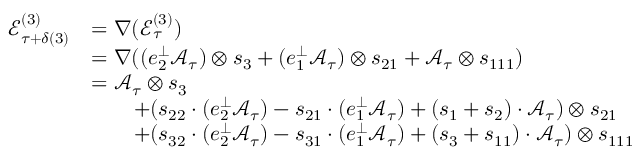
\begin{array} { r l } { \mathcal { E } _ { \tau + \delta ( 3 ) } ^ { ( 3 ) } } & { = \nabla ( \mathcal { E } _ { \tau } ^ { ( 3 ) } ) } \\ & { = \nabla ( ( e _ { 2 } ^ { \perp } \mathcal { A } _ { \tau } ) \otimes s _ { 3 } + ( e _ { 1 } ^ { \perp } \mathcal { A } _ { \tau } ) \otimes s _ { 2 1 } + \mathcal { A } _ { \tau } \otimes s _ { 1 1 1 } ) } \\ & { = \mathcal { A } _ { \tau } \otimes s _ { 3 } } \\ & { \qquad + ( s _ { 2 2 } \cdot ( e _ { 2 } ^ { \perp } \mathcal { A } _ { \tau } ) - s _ { 2 1 } \cdot ( e _ { 1 } ^ { \perp } \mathcal { A } _ { \tau } ) + ( s _ { 1 } + s _ { 2 } ) \cdot \mathcal { A } _ { \tau } ) \otimes s _ { 2 1 } } \\ & { \qquad + ( s _ { 3 2 } \cdot ( e _ { 2 } ^ { \perp } \mathcal { A } _ { \tau } ) - s _ { 3 1 } \cdot ( e _ { 1 } ^ { \perp } \mathcal { A } _ { \tau } ) + ( s _ { 3 } + s _ { 1 1 } ) \cdot \mathcal { A } _ { \tau } ) \otimes s _ { 1 1 1 } } \end{array}